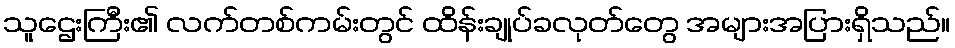
သူဌေးကြီး၏ လက်တစ်ကမ်းတွင် ထိန်းချုပ်ခလုတ်တွေ အများအပြားရှိသည်။